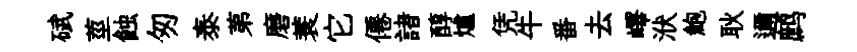
碔莖蝕匆泰苐磨蓑它僊諸醇爐凭牛番去嶧洑鮑耿邇鹧